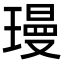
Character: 㻴